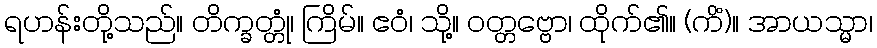
ရဟန်းတို့သည်။ တိက္ခတ္တုံ၊ ကြိမ်။ ဧဝံ၊ သို့။ ဝတ္တဗ္ဗော၊ ထိုက်၏။ (ကိံ)။ အာယသ္မာ၊